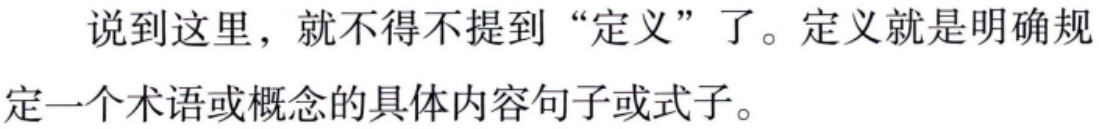
说到这里，就不得不提到“定义”了。定义就是明确规定一个术语或概念的具体内容句子或式子。